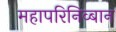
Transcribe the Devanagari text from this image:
महापरिनिव्बान